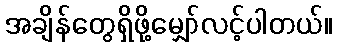
အချိန်တွေရှိဖို့မျှော်လင့်ပါတယ်။